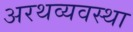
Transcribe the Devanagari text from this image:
अरथव्यवस्था